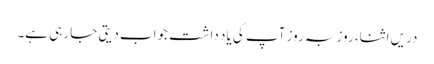
دریں اثنا، روز بہ روز آپ کی یاد داشت جواب دیتی جا رہی ہے۔